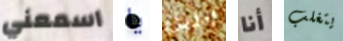
اسمعني يا الليل أنا يتغلب